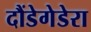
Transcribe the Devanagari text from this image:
दौंडेगेडेरा